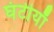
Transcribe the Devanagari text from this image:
घंटीयाँ